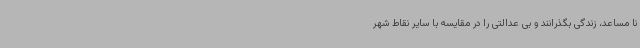
نا مساعد، زندگی بگذرانند و بی عدالتی را در مقایسه با سایر نقاط شهر